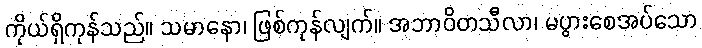
ကိုယ်ရှိကုန်သည်။ သမာနော၊ ဖြစ်ကုန်လျက်။ အဘာဝိတသီလာ၊ မပွားစေအပ်သော